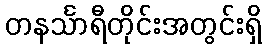
တနင်္သာရီတိုင်းအတွင်းရှိ